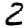
Digit: 2